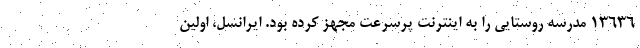
۱۳۶۳۶ مدرسه روستایی را به اینترنت پرسرعت مجهز کرده بود. ایرانسل، اولین